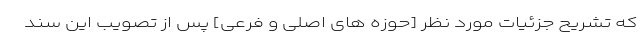
که تشریح جزئیات مورد نظر [حوزه های اصلی و فرعی] پس از تصویب این سند